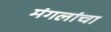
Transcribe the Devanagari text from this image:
मंगलांचा